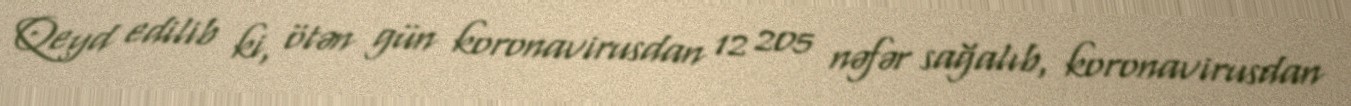
Qeyd edilib ki, ötən gün koronavirusdan 12 205 nəfər sağalıb, koronavirusdan